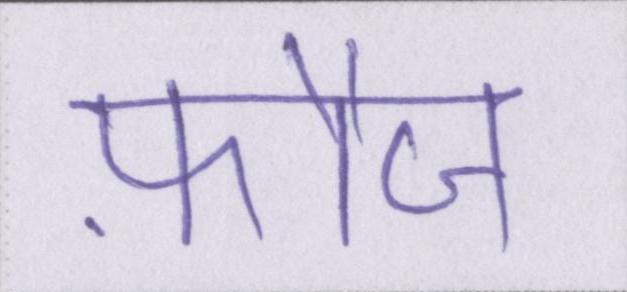
फ़ौज